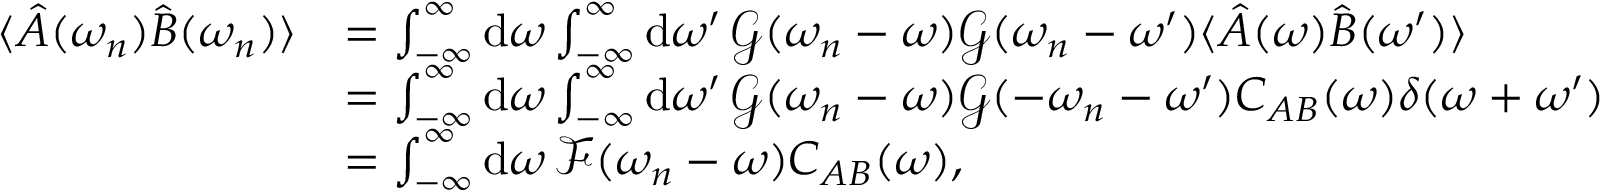
\begin{array} { r l } { \langle \hat { A } ( \omega _ { n } ) \hat { B } ( \omega _ { n } ) \rangle } & { = \int _ { - \infty } ^ { \infty } \mathrm { d } \omega \int _ { - \infty } ^ { \infty } \mathrm { d } \omega ^ { \prime } \, \mathcal { G } ( \omega _ { n } - \omega ) \mathcal { G } ( \omega _ { n } - \omega ^ { \prime } ) \langle \hat { A } ( \omega ) \hat { B } ( \omega ^ { \prime } ) \rangle } \\ & { = \int _ { - \infty } ^ { \infty } \mathrm { d } \omega \int _ { - \infty } ^ { \infty } \mathrm { d } \omega ^ { \prime } \, \mathcal { G } ( \omega _ { n } - \omega ) \mathcal { G } ( - \omega _ { n } - \omega ^ { \prime } ) C _ { A B } ( \omega ) \delta ( \omega + \omega ^ { \prime } ) } \\ & { = \int _ { - \infty } ^ { \infty } \mathrm { d } \omega \, \mathcal { F } ( \omega _ { n } - \omega ) C _ { A B } ( \omega ) , } \end{array}